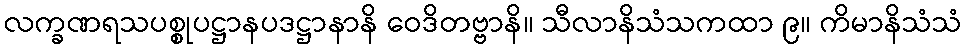
လက္ခဏရသပစ္စုပဋ္ဌာနပဒဋ္ဌာနာနိ ဝေဒိတဗ္ဗာနိ။ သီလာနိသံသကထာ ၉။ ကိမာနိသံသံ